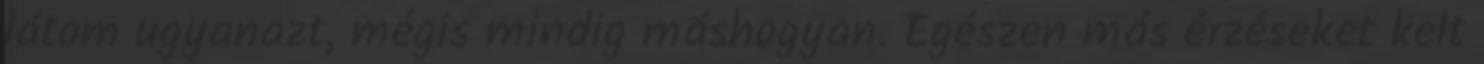
látom ugyanazt, mégis mindig máshogyan. Egészen más érzéseket kelt